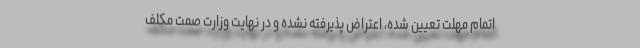
اتمام مهلت تعیین شده، اعتراض پذیرفته نشده و در نهایت وزارت صمت مکلف